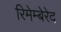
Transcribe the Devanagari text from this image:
रिमेम्बेरेद